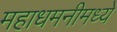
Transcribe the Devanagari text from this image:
महाधमनीमध्ये